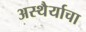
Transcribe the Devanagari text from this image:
अस्थैर्याचा